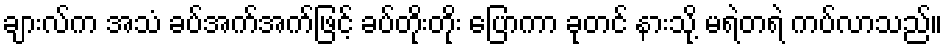
ချားလ်က အသံ ခပ်အက်အက်ဖြင့် ခပ်တိုးတိုး ပြောကာ ခုတင် နားသို့ မရဲတရဲ ကပ်လာသည်။